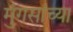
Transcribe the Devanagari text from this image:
मुंगसांच्या